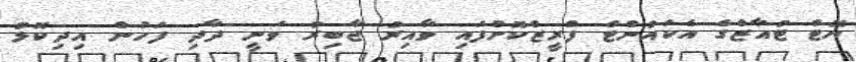
ޔޮޓް ޓުއާޒްގެ އެކައުންޓް ފްރީޒްކޮށްފައި ވާއިރު ޖާބިރު ވަނީ ދާދި ފަހުން އިދިކޮޅު